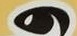
و